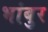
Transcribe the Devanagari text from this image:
भांबुर